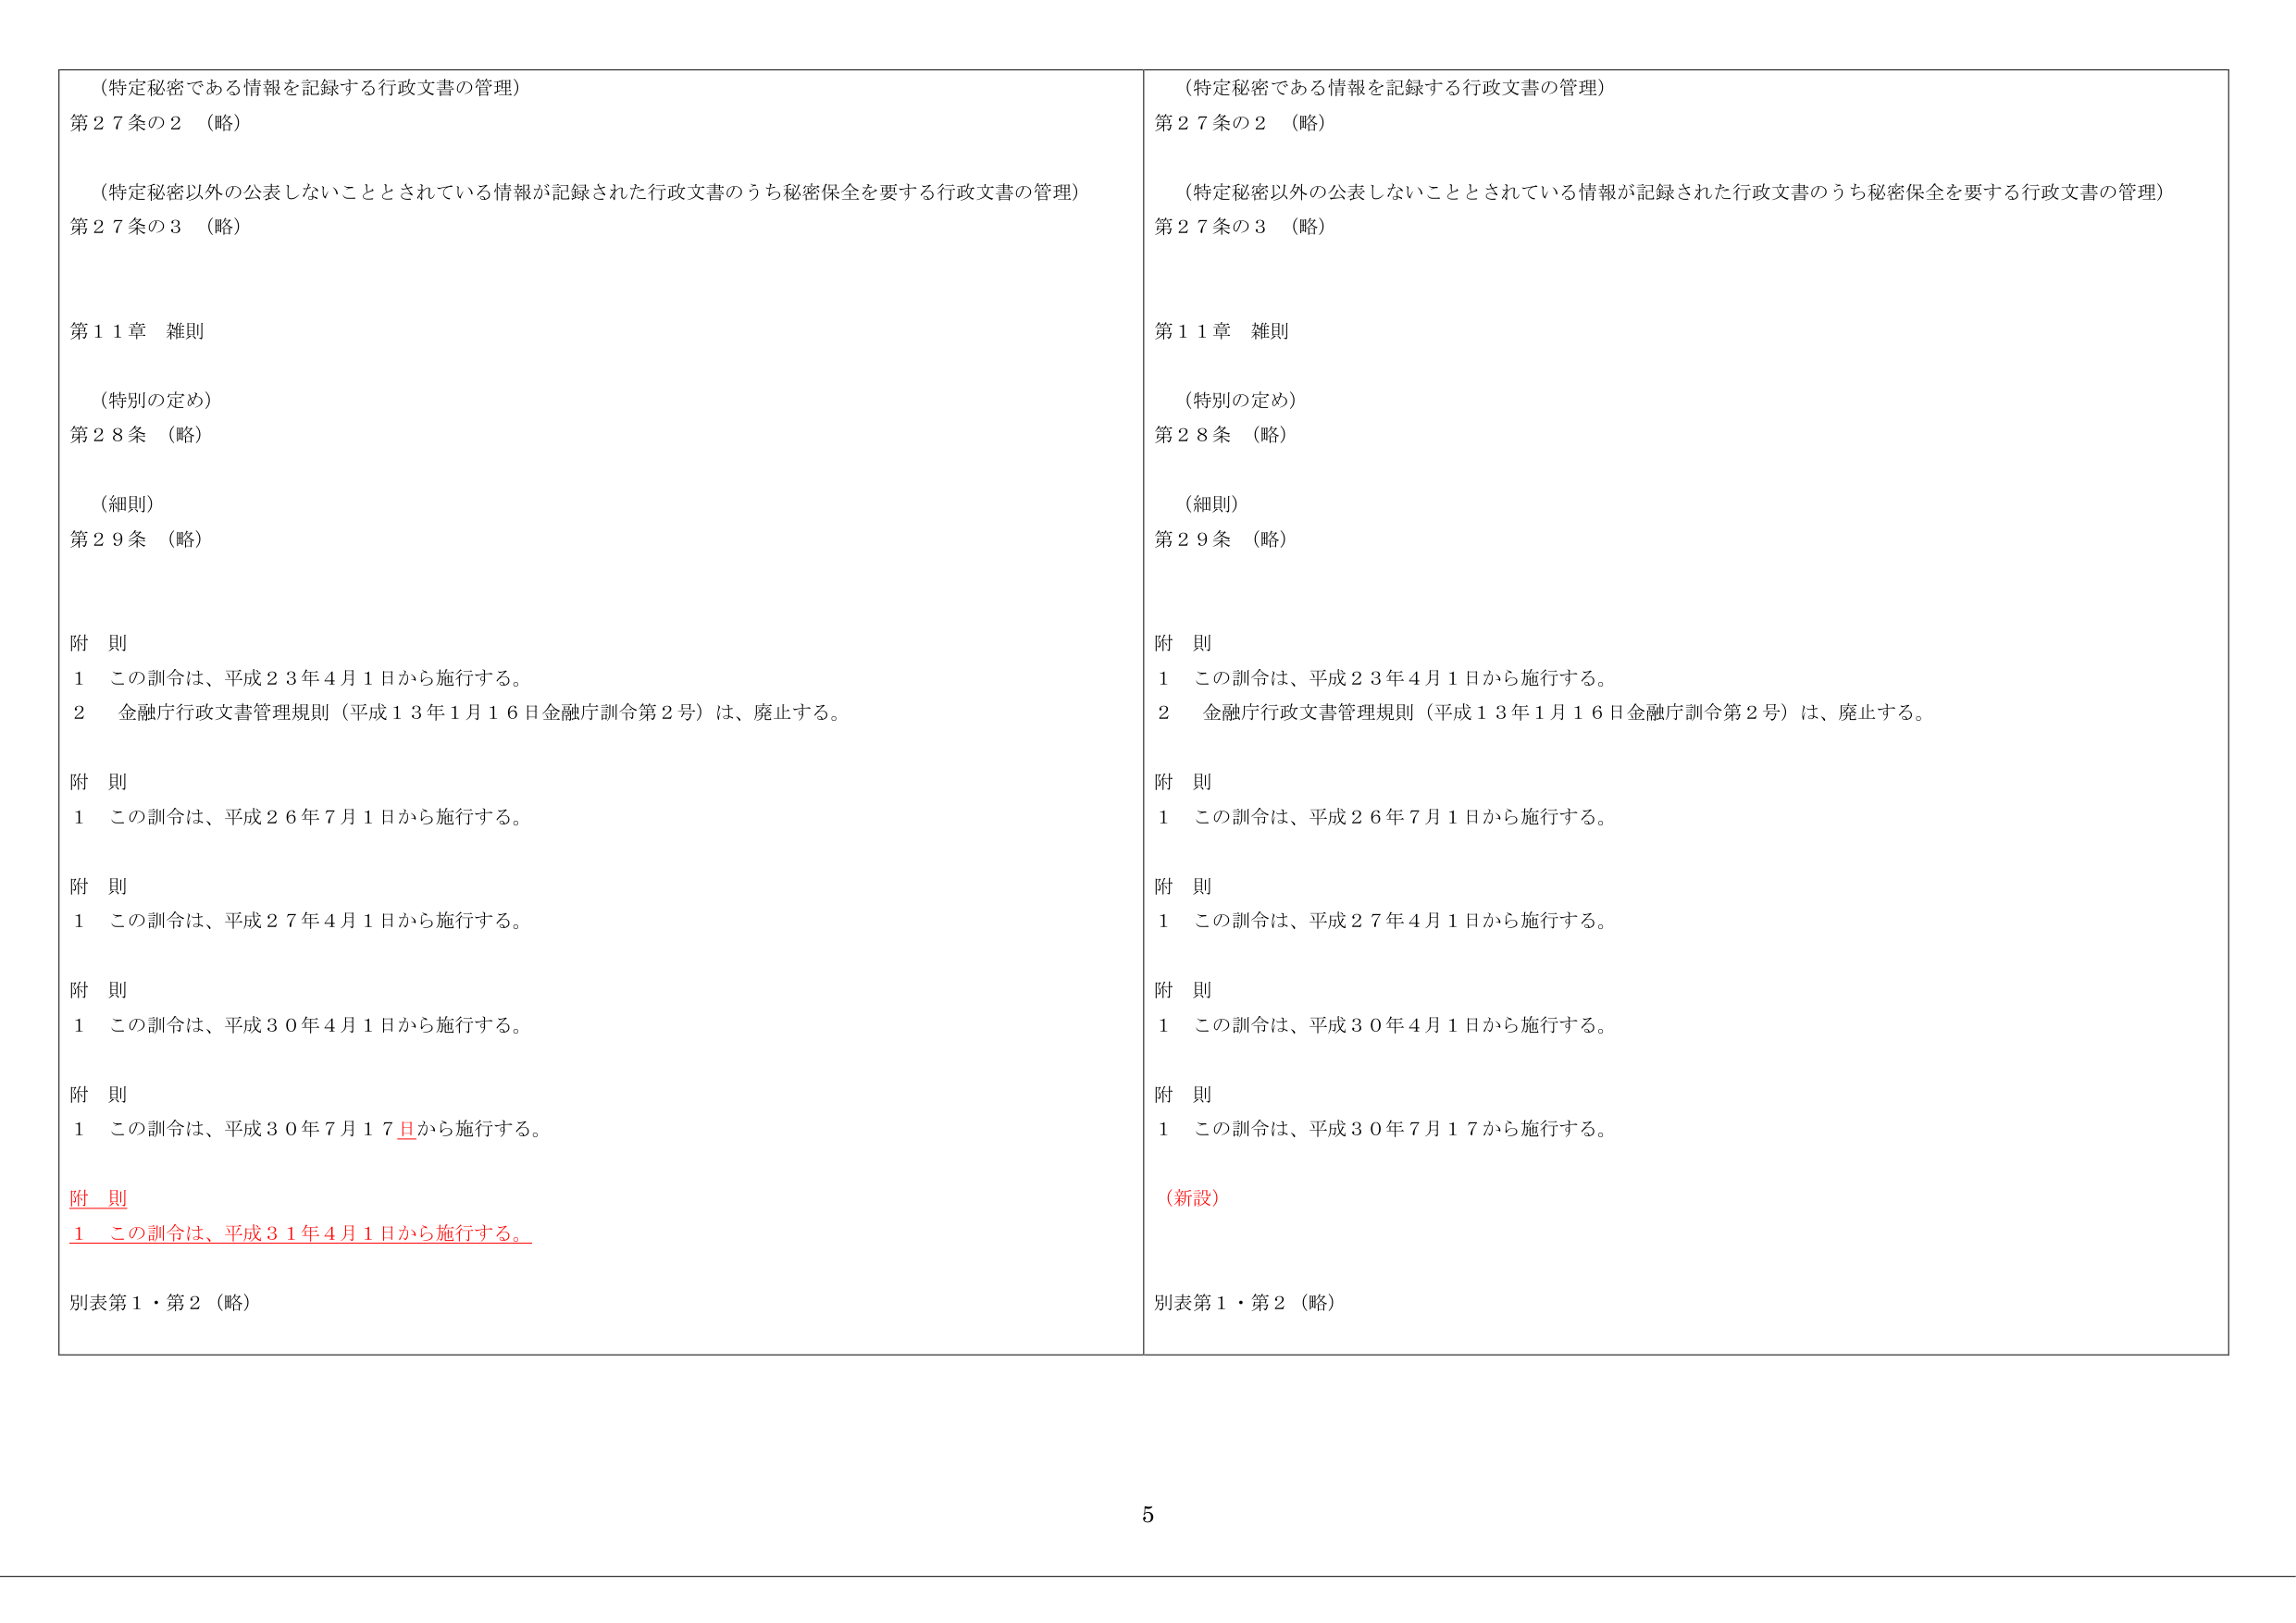
（特定秘密である情報を記録する行政文書の管理）
第２７条の２ （略）

（特定秘密以外の公表しないこととされている情報が記録された行政文書のうち秘密保全を要する行政文書の管理）
第２７条の３ （略）

第１１章 雑則

（特別の定め）
第２８条 （略）

（細則）
第２９条 （略）

附 則
１ この訓令は、平成２３年４月１日から施行する。
２ 金融庁行政文書管理規則（平成１３年１月１６日金融庁訓令第２号）は、廃止する。

附 則
１ この訓令は、平成２６年７月１日から施行する。

附 則
１ この訓令は、平成２７年４月１日から施行する。

附 則
１ この訓令は、平成３０年４月１日から施行する。

附 則
１ この訓令は、平成３０年７月１７日から施行する。

附 則
１ この訓令は、平成３１年４月１日から施行する。

別表第１・第２（略）

（特定秘密である情報を記録する行政文書の管理）
第２７条の２ （略）

（特定秘密以外の公表しないこととされている情報が記録された行政文書のうち秘密保全を要する行政文書の管理）
第２７条の３ （略）

第１１章 雑則

（特別の定め）
第２８条 （略）

（細則）
第２９条 （略）

附 則
１ この訓令は、平成２３年４月１日から施行する。
２ 金融庁行政文書管理規則（平成１３年１月１６日金融庁訓令第２号）は、廃止する。

附 則
１ この訓令は、平成２６年７月１日から施行する。

附 則
１ この訓令は、平成２７年４月１日から施行する。

附 則
１ この訓令は、平成３０年４月１日から施行する。

附 則
１ この訓令は、平成３０年７月１７から施行する。

（新設）

別表第１・第２（略）

5